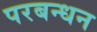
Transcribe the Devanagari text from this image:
परबन्धन